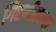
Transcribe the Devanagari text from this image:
गिरणीतल्या